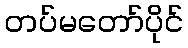
တပ်မတော်ပိုင်